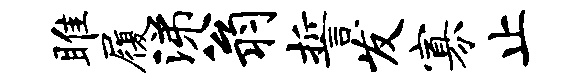
雎履涕翁誓发寡止